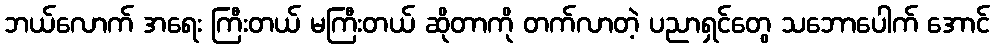
ဘယ်လောက် အရေး ကြီးတယ် မကြီးတယ် ဆိုတာကို တက်လာတဲ့ ပညာရှင်တွေ သဘောပေါက် အောင်